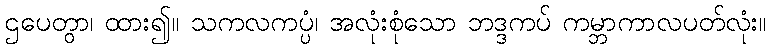
ဌပေတွာ၊ ထား၍။ သကလကပ္ပံ၊ အလုံးစုံသော ဘဒ္ဒကပ် ကမ္ဘာကာလပတ်လုံး။